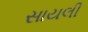
સાયલી